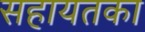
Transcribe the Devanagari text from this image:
सहायतका